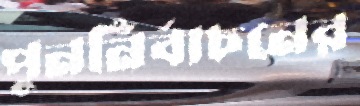
পুনর্নির্বাচনের